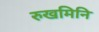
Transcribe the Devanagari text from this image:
रुखमिनि